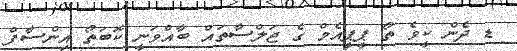
ޑ ދެން ކީވެ ތޯ ޕީޕީއެމް ގެ ޖަލްސާތައް ބާއްވަނީ ކޮބަތޯ އިންސާފް